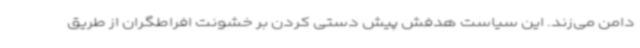
دامن می‌زند. این سیاست هدفش پیش دستی کردن بر خشونت افراطگران از طریق